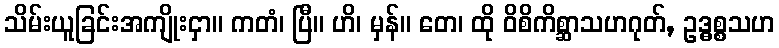
သိမ်းယူခြင်းအကျိုးငှာ။ ကတံ၊ ပြီ။ ဟိ၊ မှန်။ တေ၊ ထို ဝိစိကိစ္ဆာသဟဂုတ်, ဥဒ္ဓစ္စသဟ